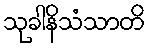
သုခါနိသံသာတိ